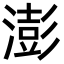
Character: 澎